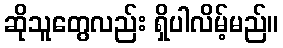
ဆိုသူတွေလည်း ရှိပါလိမ့်မည်။